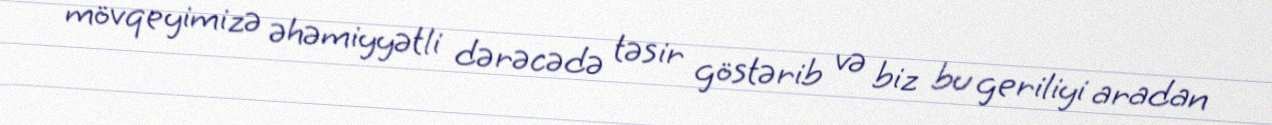
mövqeyimizə əhəmiyyətli dərəcədə təsir göstərib və biz bu geriliyi aradan